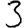
Digit: 3